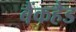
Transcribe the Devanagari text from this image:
बैंकहैड